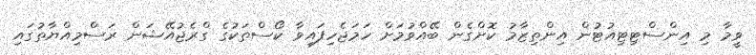
ވީމާ މި އިންސްޓިޓިއުޓުން އިންތިޒާމު ކޮށްގެން ބޭއްވުމަށް ހަމަޖެހިފައިވާ ކޯސްތަކުގެ ގްރެޖުއޭޝަން ރަސްމިއްޔާތުގައި